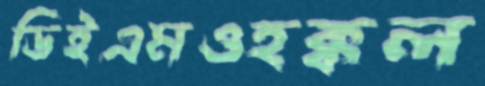
ডিইএমওহক্কল